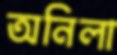
অনিলা